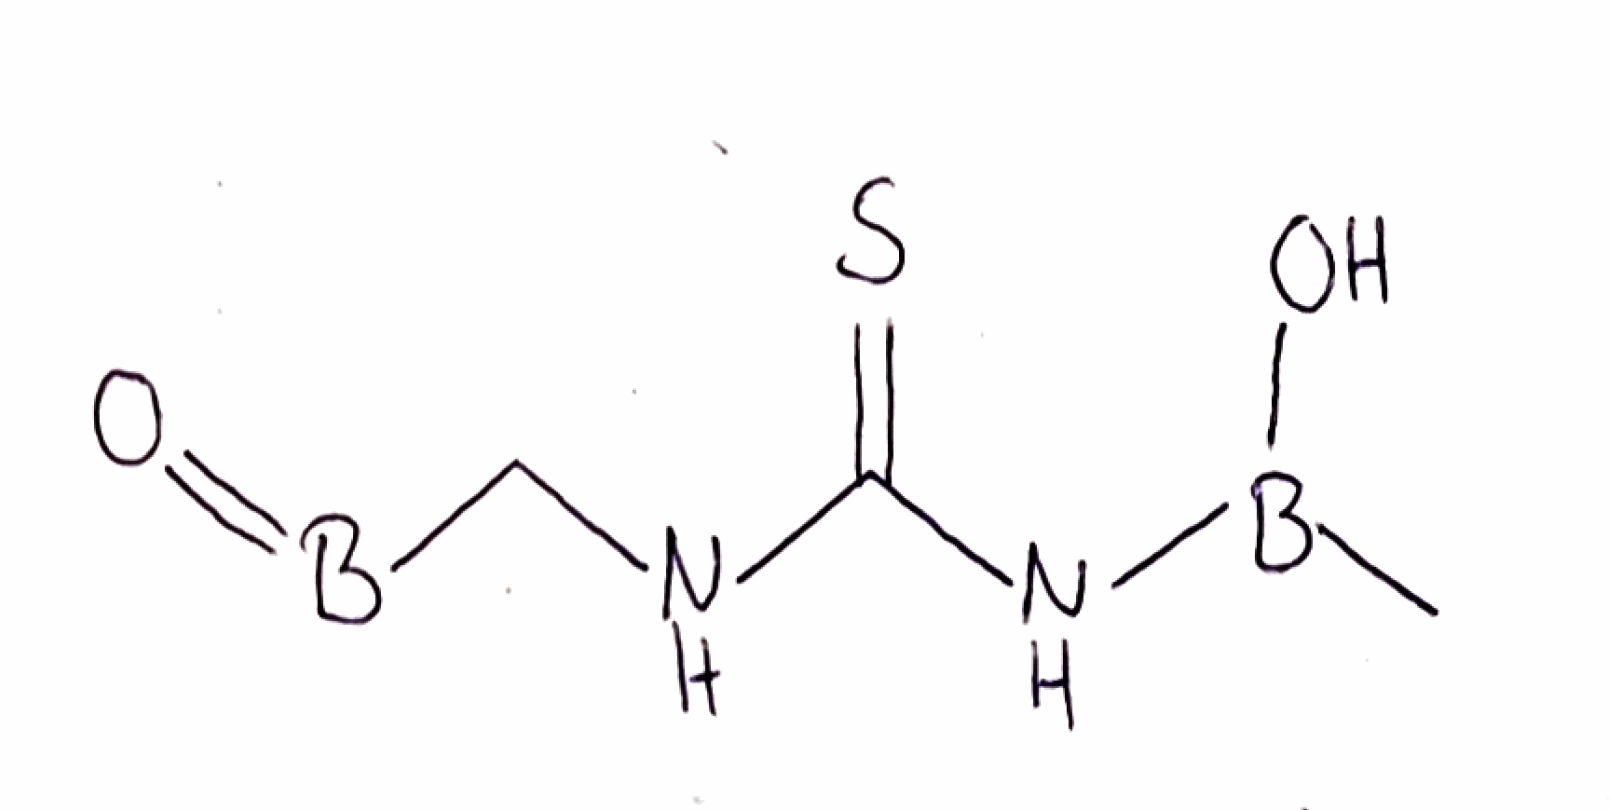
Simplified molecular-input line-entry system (SMILES) notation of the given molecule:
B(=O)CNC(=S)NB(C)O